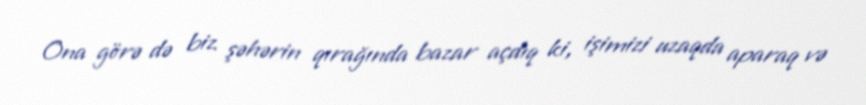
Ona görə də biz şəhərin qırağında bazar açdıq ki, işimizi uzaqda aparaq və